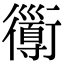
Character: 𧘄